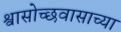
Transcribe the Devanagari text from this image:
श्वासोच्छवासाच्या